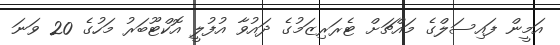
އަމީން ފައިސަލްގެ މައްޗަށް ޓެރަރިޒަމުގެ ދައުވާ އުފުލީ އޮކްޓޫބަރު މަހުގެ 20 ވަނަ